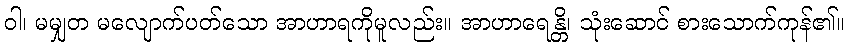
ဝါ၊ မမျှတ မလျောက်ပတ်သော အာဟာရကိုမူလည်း။ အာဟာရေန္တိ၊ သုံးဆောင် စားသောက်ကုန်၏။